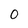
Character: 0